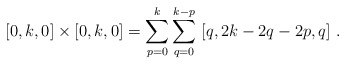
\begin{align*}[0,k,0] \times [0,k,0] = \sum_{p = 0}^k \sum_{q=0}^{k-p} \ [q, 2k-2q-2p,q] \ .\end{align*}